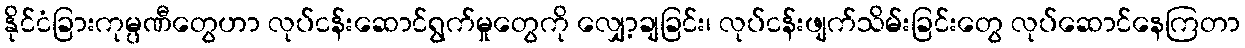
နိုင်ငံခြားကုမ္ပဏီတွေဟာ လုပ်ငန်းဆောင်ရွက်မှုတွေကို လျှော့ချခြင်း၊ လုပ်ငန်းဖျက်သိမ်းခြင်းတွေ လုပ်ဆောင်နေကြတာ